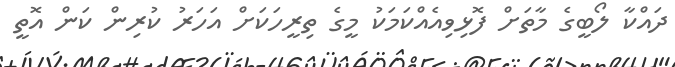
ދައްކާ ލޯބީގެ މާތަށް ފޮޅިވިއެއްކަމަކު މީގެ ތިރީހަކަށް އަހަރު ކުރިން ކަން އޮތީ